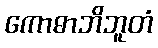
ကောဓာဘိဘူတံ